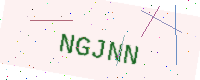
Text: NGJNN